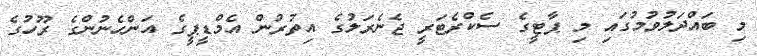
މި ބައްދަލުވުމުގައި މި ޕާޓީގެ ސެކްރެޓަރީ ޖެނެރަލުގެ އިތުރުން އެމްޑީޕީގެ އަންހެނުންގެ ރޫހުގެ